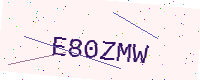
Text: E80ZMW